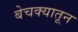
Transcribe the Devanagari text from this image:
बेचक्‍यातून